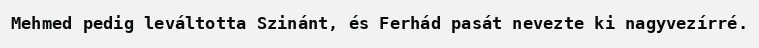
Mehmed pedig leváltotta Szinánt, és Ferhád pasát nevezte ki nagyvezírré.